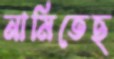
নামিতেছ